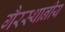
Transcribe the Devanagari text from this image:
गैरस्थानीय